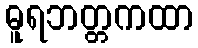
ဓူရဘတ္တကထာ